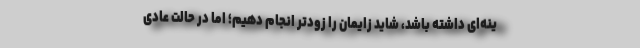
ینه‌ای داشته باشد، شاید زایمان را زودتر انجام دهیم؛ اما در حالت عادی